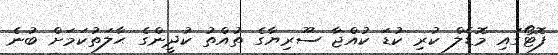
ފޮޓޯގައި މޮޑެލް ކުރި ކުޑަ ކުއްޖާ ސޫރިޔާގެ ތުއްތު ކުދީންގެ ޙާލަތުކަމަށް ބުނެ